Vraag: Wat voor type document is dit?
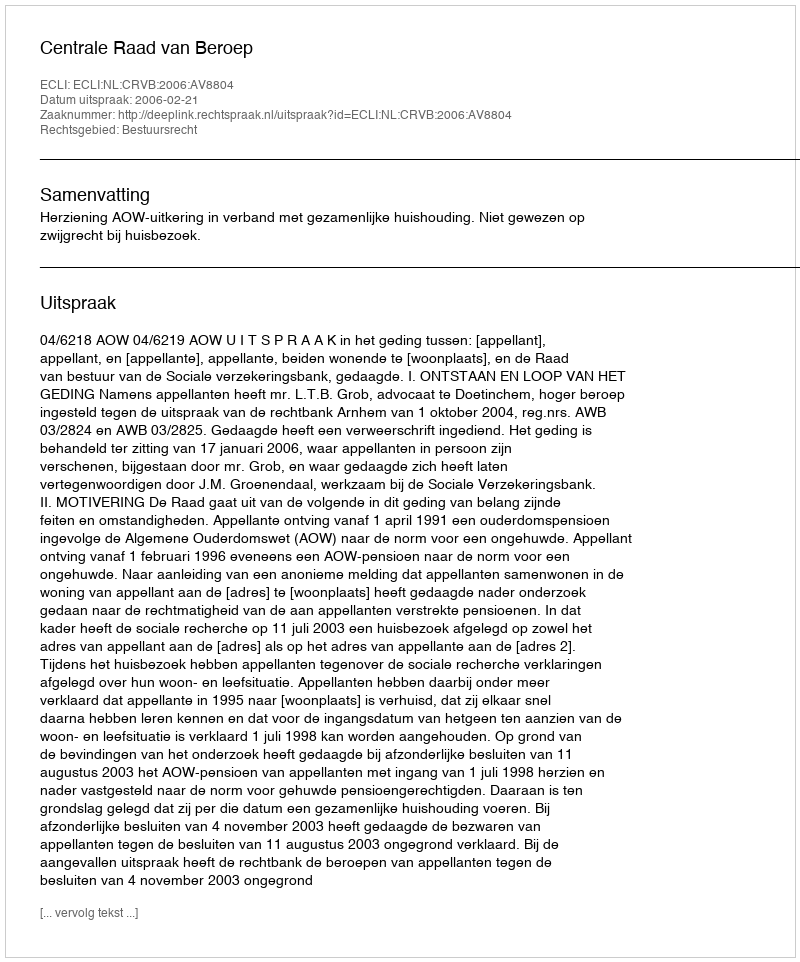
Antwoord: Uitspraak